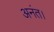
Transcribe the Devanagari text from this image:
अनंत।